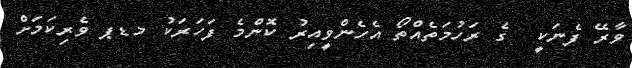
ވާރޭ ފެނަކީ  ގެ ރަހުމަތެއްތޯ އެހެންވީއިރު ކޮންމެ ފަހަރަކު މޑޕ ވެރިކަމަށް